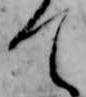
て